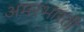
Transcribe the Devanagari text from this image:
अमरभारती